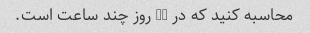
محاسبه کنید که در 24 روز چند ساعت است.